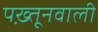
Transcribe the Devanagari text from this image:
पख़्तूनवाली